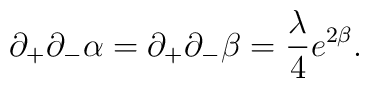
\partial_+\partial_-\alpha=\partial_+\partial_-\beta=\frac{\lambda}{4}e^{2\beta}.